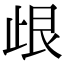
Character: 𣥦